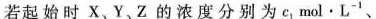
若起始时X、Y、Z的浓度分别为c_{1}mol·L^{-1}、